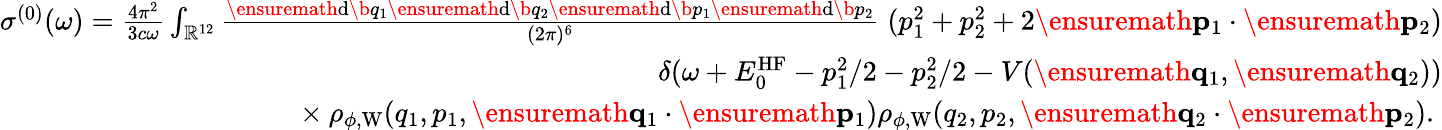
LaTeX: \begin{array}{r}{\sigma^{(0)}(\omega)=\frac{4\pi^{2}}{3c\omega}\int_{\mathbb{R}^{12}}\frac{\ensuremath{\mathrm{d}}\b{q}_{1}\ensuremath{\mathrm{d}}\b{q}_{2}\ensuremath{\mathrm{d}}\b{p}_{1}\ensuremath{\mathrm{d}}\b{p}_{2}}{(2\pi)^{6}}\; (p_{1}^{2}+p_{2}^{2}+2\ensuremath{\mathbf{p}}_{1}\cdot\ensuremath{\mathbf{p}}_{2})}\\ {\phantom\times\delta(\omega+E_{0}^{\mathrm{HF}}-p_{1}^{2}/2-p_{2}^{2}/2-V(\ensuremath{\mathbf{q}}_{1},\ensuremath{\mathbf{q}}_{2}))}\\ {\phantom{x}\times\rho_{\phi,\mathrm{W}}(q_{1},p_{1},\ensuremath{\mathbf{q}}_{1}\cdot\ensuremath{\mathbf{p}}_{1})\rho_{\phi,\mathrm{W}}(q_{2},p_{2},\ensuremath{\mathbf{q}}_{2}\cdot\ensuremath{\mathbf{p}}_{2}).\; }\end{array}